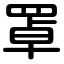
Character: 罩